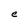
Character: e